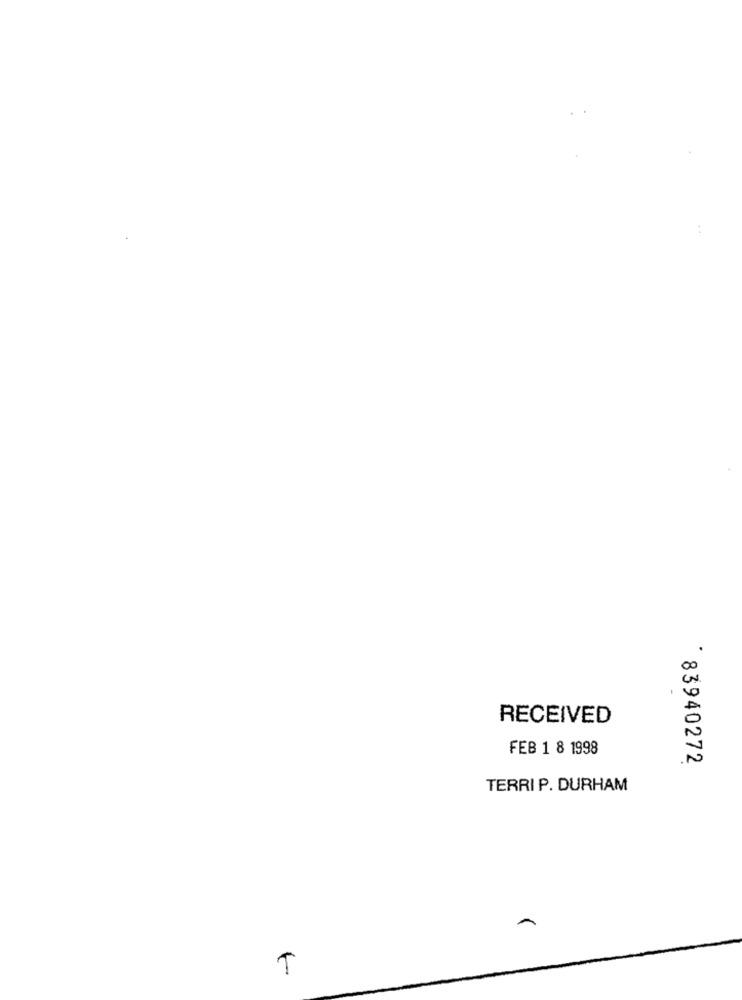
.
00
RECEIVED
FEB 1 8 1998
* 83940272
TERRI P. DURHAM
T